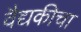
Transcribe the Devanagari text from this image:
वैद्यकीचा